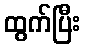
ထွက်ပြီး